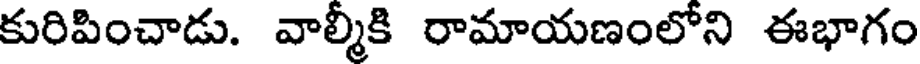
కురిపించాడు. వాల్మీకి రామాయణంలోని ఈభాగం